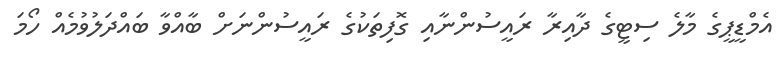
އެމްޑީޕީގެ މާލެ ސިޓީގެ ދާއިރާ ރައީސުންނާއި ގޮފިތަކުގެ ރައީސުންނަށް ބާއްވާ ބައްދަލުވުމެއް ހޯމަ